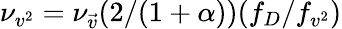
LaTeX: \nu_{v^{2}}=\nu_{\vec{v}}(2/(1+\alpha))(f_{D}/f_{v^{2}})